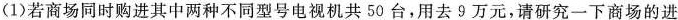
（1）若商场同时购进其中两种不同型号电视机共50台，用去9万元，请研究一下商场的进